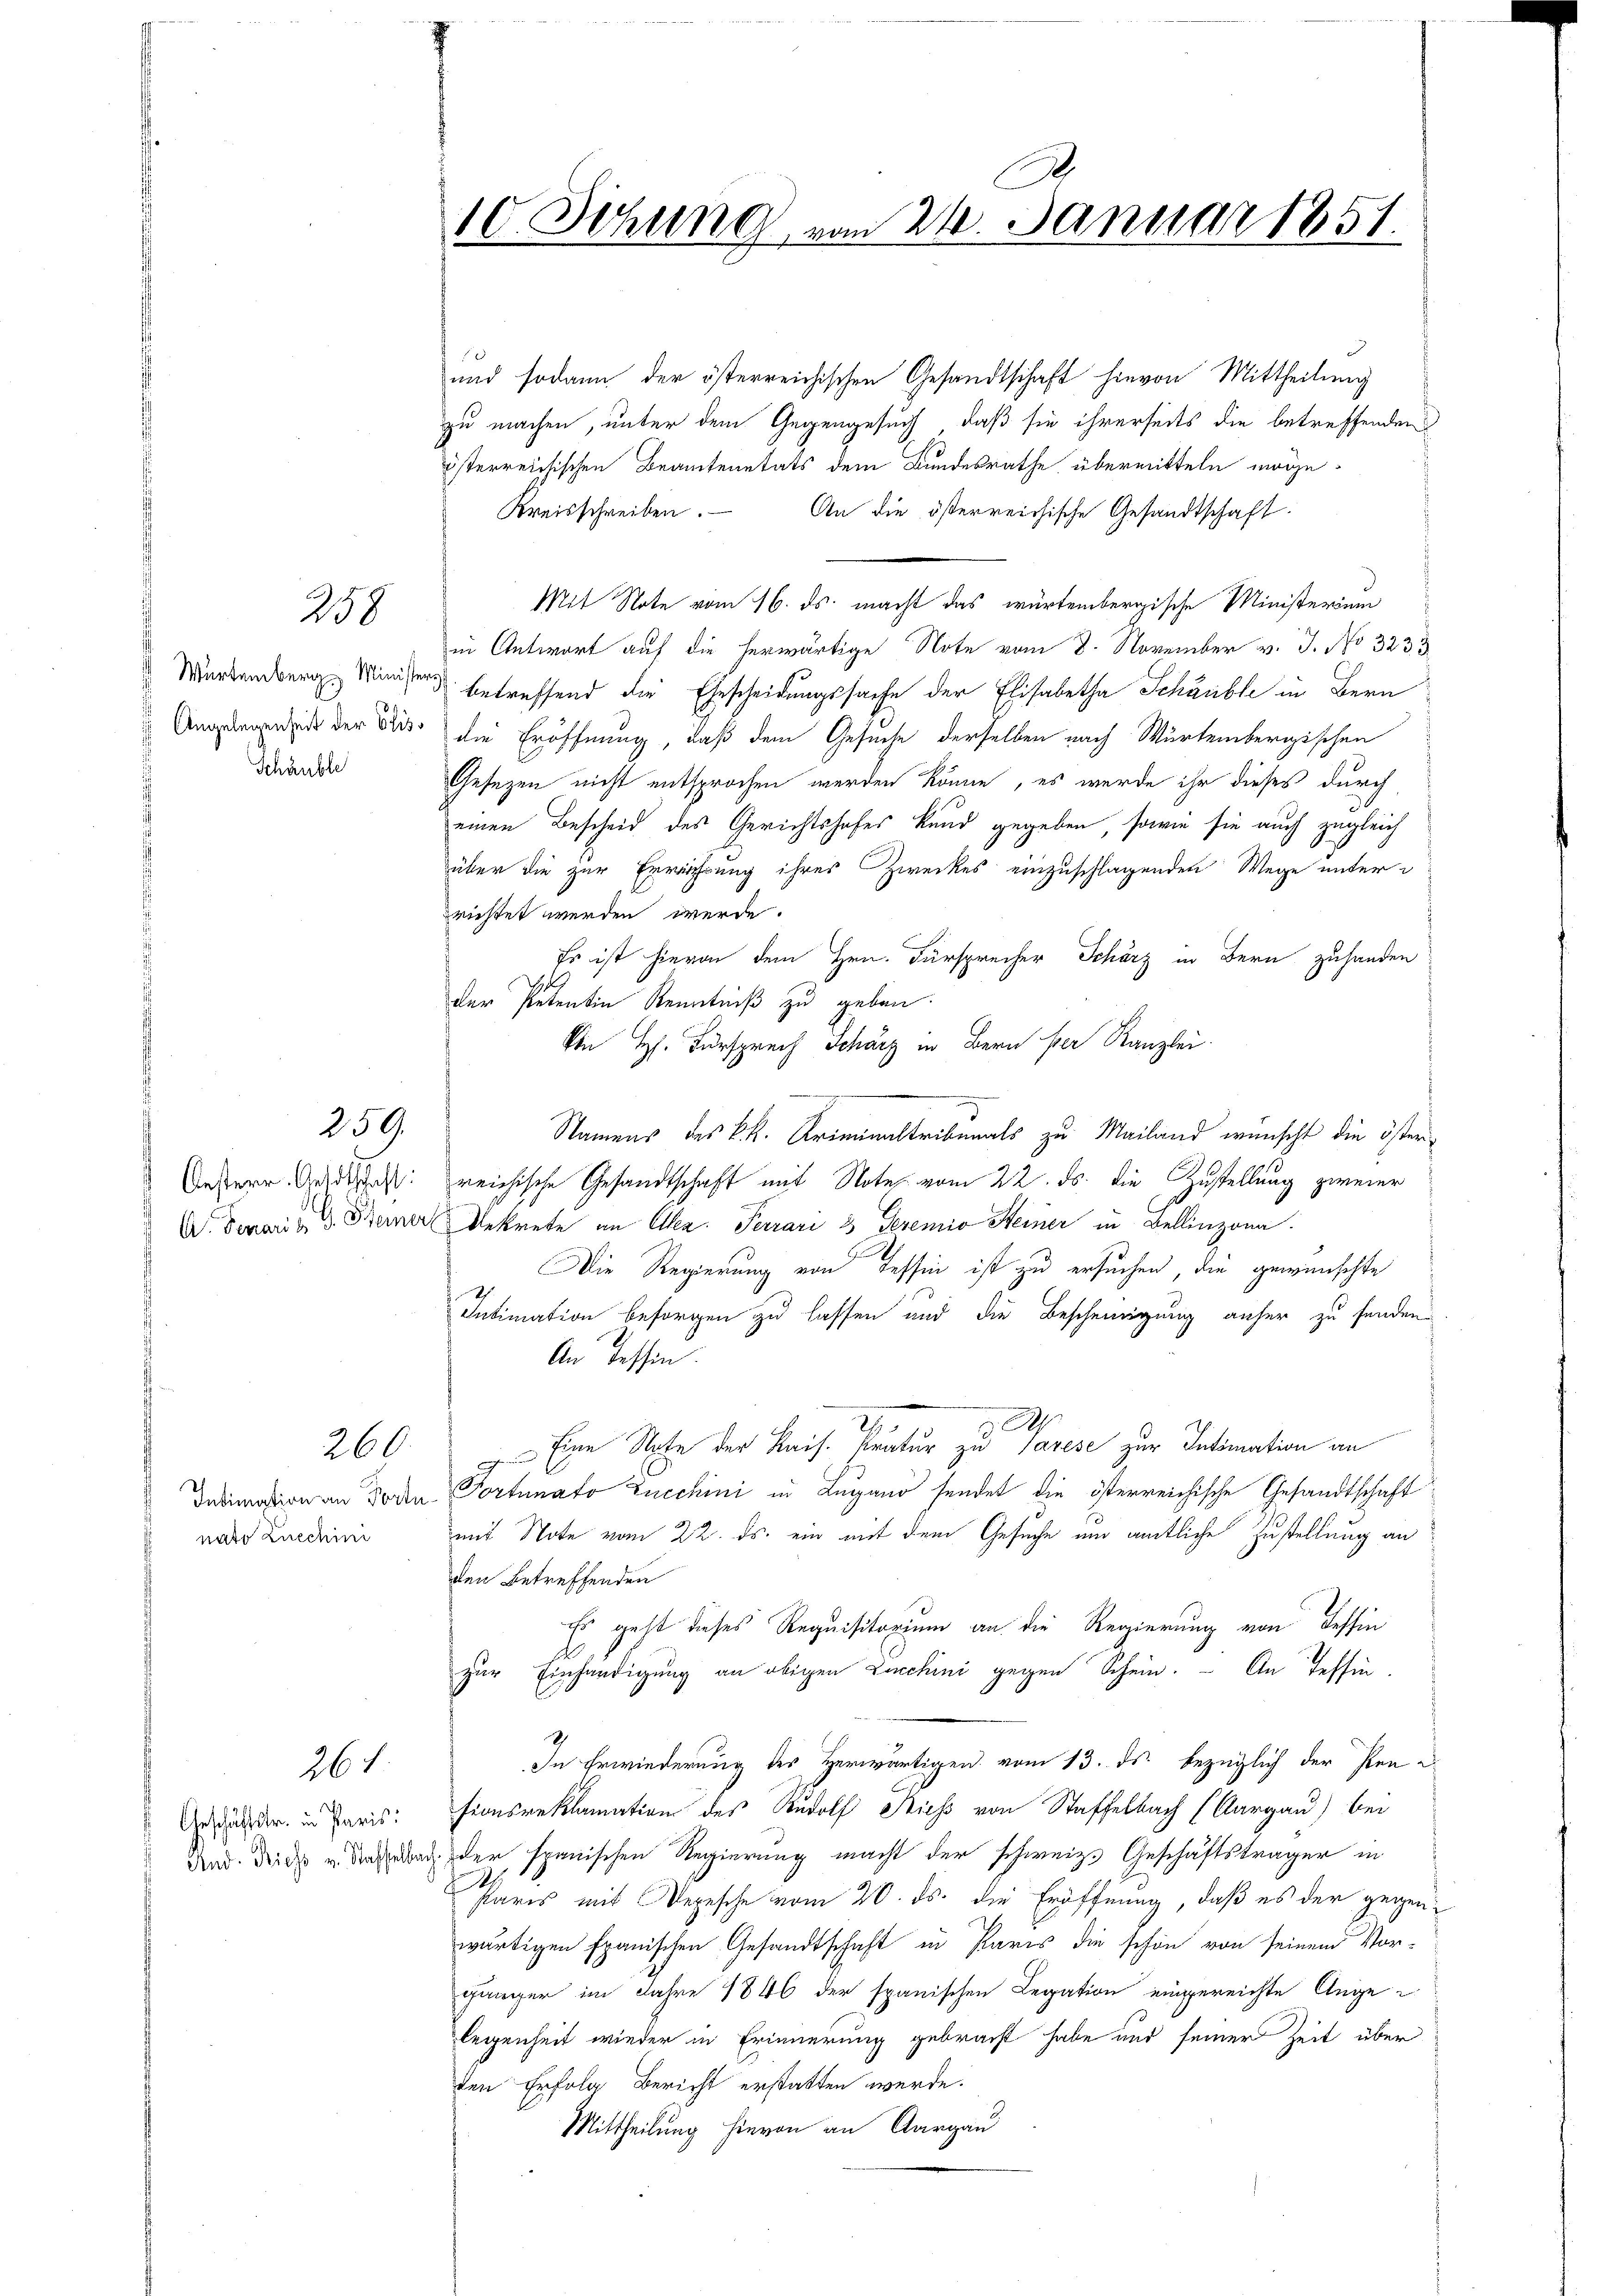
258

Würtemberg Minister
Angelegenheit der Elis¬
Schänble

259.

Oesterr. Geldtschaft:
 A. Demari v. 9. Seinerl

Intimation an Fort
nato Knechini

260

26

Geschäftstr. in Paris:
And. Diess v. Staffelbach

A
10. Sitzung vom 21. Januar 1851.

und sodann der österreichischen Gesandtschaft hievon Mittheilung
zu machen, unter dem Gegengesuch, daß sie ihrerseits die betreffenden
österreichischen Beamtenetats dem Bundesrathe übermitteln möge,
Kreisschreiben.
An die österreichische Gesandtschaft
Mit Note vom 16. ds. macht das würtembergische Ministerium
in Antwort auf die herwärtige Note vom 8. November v. J. No 3233
betreffend die Ehescheidungssache der Elisabetha Schaible in Bern
die Eröffnung, daß dem Gesuche derselben nach Würtembergischen
Gesezen nicht entsprochen werden könne, es werde ihr dieses durch
einen Bescheid des Gerichtshofes kund gegeben, sowie sie auch zugleich
über die zur Erwährung ihres Zweckes einzuschlagenden Wege unter
prichtet werden werde.
Es ist hievon dem Hrn. Fürsprecher Schärz in Bern zuhanden
der Petentin Kenntniß zu geben
Von Hs. Fürsprech Scharz in Bern per Kanzlei.
Namens des k.k. Kriminaltribunals zu Mailand wünscht die öster
reichische Gesandtschaft mit Note vom 22. ds. die Zustellung zweier
Dekrete an Aller. Ferrari 3 Geremio Heiner in Bellinzona
Die Regierung von Tessin ist zu ersuchen, die gewünschte
Intimation besorgen zu lassen und die Bescheinigung anher zu senden.
An Tessin.
A
 Eine Note der Kais. Pratur zu Garese zur Intimation an
Portunato Lucchini in Lugano sendet die österreichische Gesandtschaft
mit Note vom 22. ds. ein mit dem Gesuche und amtliche Zustellung an
den Betreffenden
Es geht dieses Requisitorium an die Regierung von dessin
A
zur Einhändigung an obigen Lucchini gegen Schein. – An Tessin.
In Erwiederung des Herwärtigen vom 13. ds. bezüglich der Pensionsreklamation des Rudolf Siehs von Staffelbach (Aargau) bei
der spanischen Regierung macht der schweiz. Geschäftsträger in
d
Paris mit Depesche vom 20. ds. die Eröffnung, daß es der gegenwärtigen spanischen Gesandtschaft in Paris die schon von seinem Vor-
gänger im Jahre 1846 der spanischen Legation eingereichte Ange
legenheit wieder in Erinnerung gebracht habe und seiner Zeit über
ten Erfolg Bericht erstatten werde.
Mittheilung hievon an Aargau